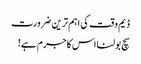
ڈیم وقت کی اہم ترین ضرورت
سچ بولنا اس کا جرم ہے!